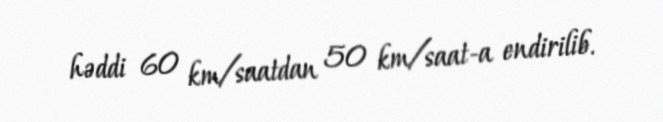
həddi 60 km/saatdan 50 km/saat-a endirilib.